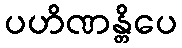
ပဟိဏန္တိပေ